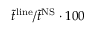
\tilde { t } ^ { \mathrm { l i n e } } / \tilde { t } ^ { \mathrm { N S } } \cdot 1 0 0